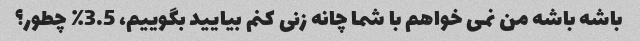
باشه باشه من نمی خواهم با شما چانه زنی کنم بیایید بگوییم، 3.5٪ چطور؟